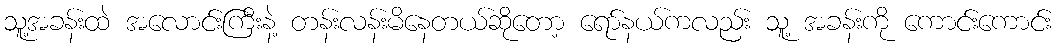
သူ့အခန်းထဲ အလောင်းကြီးနဲ့ တန်းလန်းမိနေတယ်ဆိုတော့ ရော်နယ်ကလည်း သူ့ အခန်းကို ကောင်းကောင်း